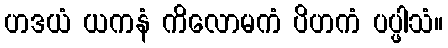
ဟဒယံ ယကနံ ကိလောမကံ ပိဟကံ ပပ္ဖါသံ။